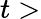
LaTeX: t>